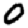
Digit: 0